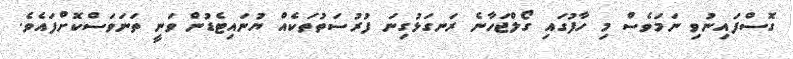
ގޮސްފައިނުވި ނަމަވެސް މި ހާފުގައި ގޯލްޖަހާނެ ރަނގަޅުގިނަ ފުރުސަތުތަކެއް ޔުނައިޓެޑުން ވަނީ ތަނަވަސްކޮށްފައެވެ.